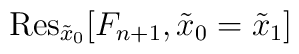
\mbox{Res}_{\tilde{x}_0} [ F_{n+1},\tilde{x}_0 = \tilde{x}_1 ]